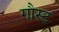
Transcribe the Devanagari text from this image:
गौस्ट